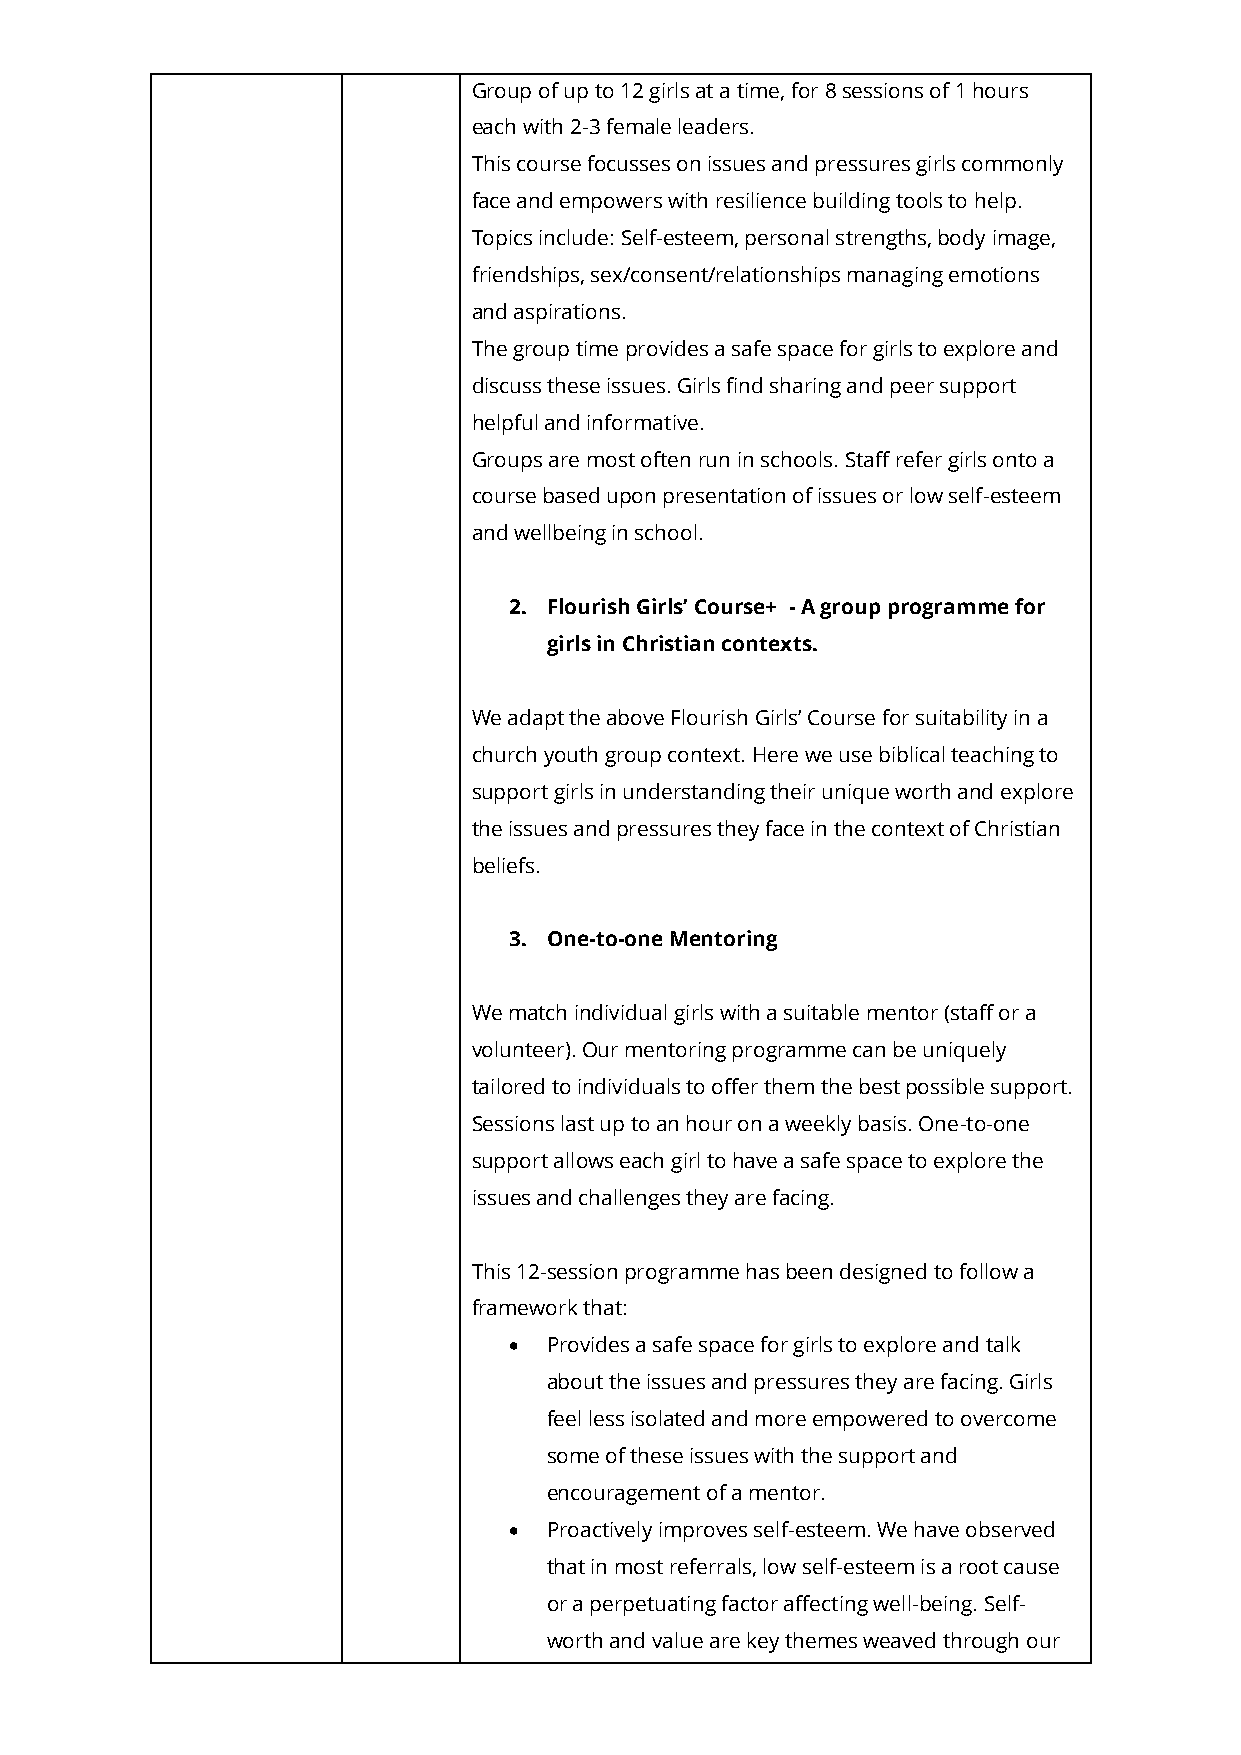
Group of up to 12 girls at a time, for 8 sessions of 1 hours
 each with 2-3 female leaders.
 This course focusses on issues and pressures girls commonly
 face and empowers with resilience building tools to help.
 Topics include: Self-esteem, personal strengths, body image,
 friendships, sex/consent/relationships managing emotions
 and aspirations.
 The group time provides a safe space for girls to explore and
 discuss these issues. Girls find sharing and peer support
 helpful and informative.
 Groups are most often run in schools. Staff refer girls onto a
 course based upon presentation of issues or low self-esteem
 and wellbeing in school.
 2. Flourish Girls’ Course+ - A group programme for
 girls in Christian contexts.
 We adapt the above Flourish Girls’ Course for suitability in a
 church youth group context. Here we use biblical teaching to
 support girls in understanding their unique worth and explore
 the issues and pressures they face in the context of Christian
 beliefs.
 3. One-to-one Mentoring
 We match individual girls with a suitable mentor (staff or a
 volunteer). Our mentoring programme can be uniquely
 tailored to individuals to offer them the best possible support.
 Sessions last up to an hour on a weekly basis. One-to-one
 support allows each girl to have a safe space to explore the
 issues and challenges they are facing.
 This 12-session programme has been designed to follow a
 framework that:
 • Provides a safe space for girls to explore and talk
 about the issues and pressures they are facing. Girls
 feel less isolated and more empowered to overcome
 some of these issues with the support and
 encouragement of a mentor.
 • Proactively improves self-esteem. We have observed
 that in most referrals, low self-esteem is a root cause
 or a perpetuating factor affecting well-being. Self-
 worth and value are key themes weaved through our